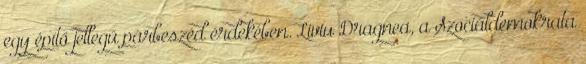
egy építő jellegű párbeszéd érdekében. Liviu Dragnea, a Szociáldemokrata